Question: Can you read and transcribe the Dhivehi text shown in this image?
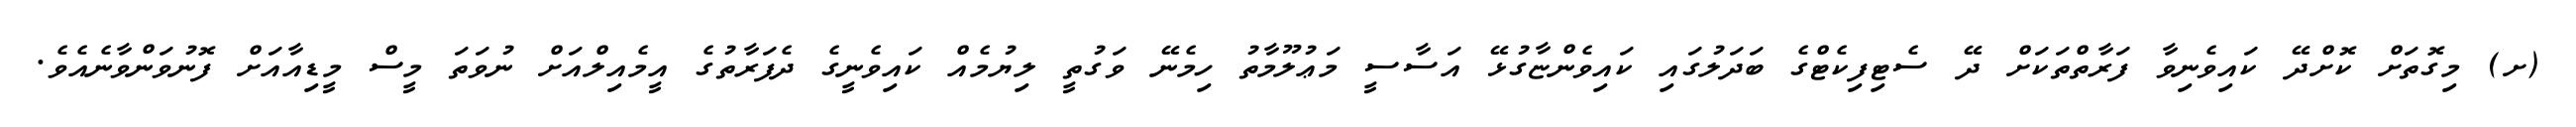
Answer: (ށ) މިގޮތަށް ކޮށްދޭ ކައިވެނިވާ ފަރާތްތަކަށް ދޭ ސެޓިފިކެޓްގެ ބަދަލުގައި ކައިވެންޏާގުޅޭ އަސާސީ މަޢުލޫމާތު ހިމެނޭ ވަގުތީ ލިޔުމެއް ކައިވެނީގެ ދެފަރާތުގެ އީމެއިލްއަށް ނުވަތަ މީސް މީޑިއާއަށް ފޮނުވަންވާނެއެވެ.